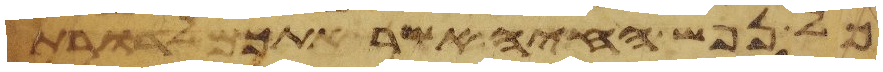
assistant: כל נפש החיה אשר אתכם לדרות